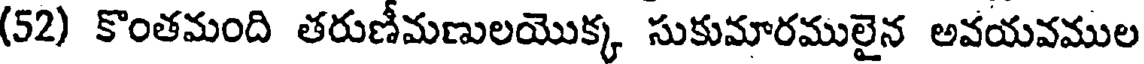
(52) కొంతమంది తరుణీమణులయొక్క సుకుమారములైన అవయవముల